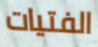
الفتيات